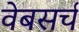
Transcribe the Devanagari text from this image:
वेबसर्च